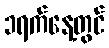
၁ရက်နေ့တွင်